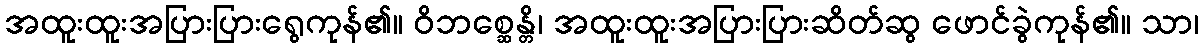
အထူးထူးအပြားပြားရွေကုန်၏။ ဝိဘစ္ဆေန္တိ၊ အထူးထူးအပြားပြားဆိတ်ဆွ ဖောင်ခွဲကုန်၏။ သာ၊